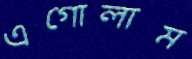
এগোলাম